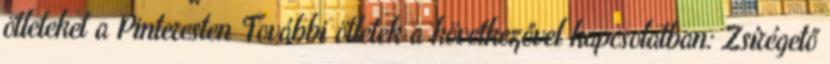
ötleteket a Pinteresten További ötletek a következővel kapcsolatban: Zsírégető